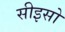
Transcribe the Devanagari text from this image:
सीइसो